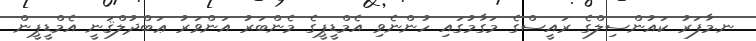
ނ.މާފަރު ކައުންސިލްގެ ރައީސްގެ މަގާމުގައި ހުންނެވި އެމްޑީޕީގެ މެންބަރު އަންވަރު ޢަބްދުލްޤަނީ އެމްޑީޕީން